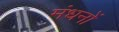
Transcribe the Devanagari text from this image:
मंधनों